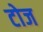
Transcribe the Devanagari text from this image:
टोज